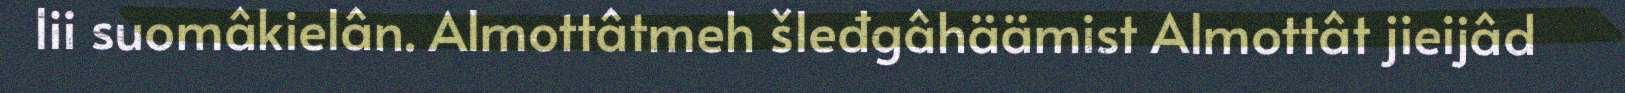
lii suomâkielân. Almottâtmeh šleđgâhäämist Almottât jieijâd